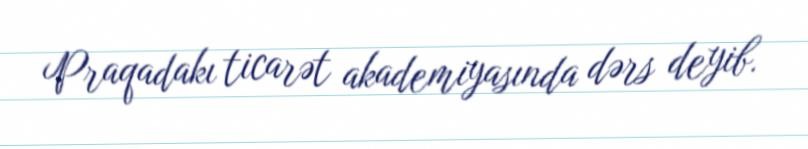
Praqadakı ticarət akademiyasında dərs deyib.